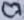
Text: C7